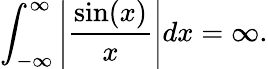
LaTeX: \int_{-\infty}^{\infty}\left|{\frac{\sin(x)}{x}}\right|dx=\infty.